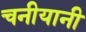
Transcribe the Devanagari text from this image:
चनीयानी